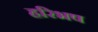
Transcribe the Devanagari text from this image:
हरिभष